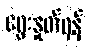
ရွေးနှုတ်ရန်